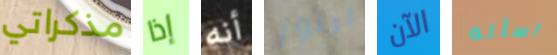
مذكراتي إذا أنه لينور الآن اسأله